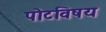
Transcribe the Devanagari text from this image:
पोटविषय